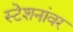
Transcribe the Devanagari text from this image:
स्टेशनांवर